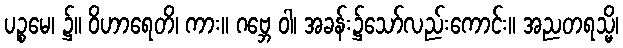
ပဉ္စမေ၊ ၌။ ဝိဟာရေတိ၊ ကား။ ဂဗ္ဘေ ဝါ၊ အခန်း၌သော်လည်းကောင်း။ အညတရသ္မိ၊